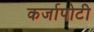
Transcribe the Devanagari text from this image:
कर्जापोटी